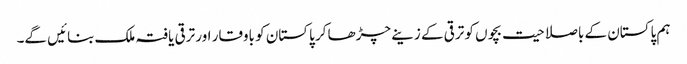
ہم پاکستان کے باصلاحیت بچوں کو ترقی کے زینے چڑھا کر پاکستان کو باوقار اور ترقی یافتہ ملک بنائیں گے۔